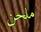
ملحن